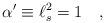
LaTeX: \begin{align*}\alpha^\prime \equiv \ell_s^2 = 1 \quad ,\end{align*}